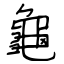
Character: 龜